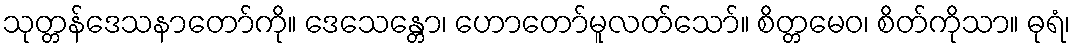
သုတ္တန်ဒေသနာတော်ကို။ ဒေသေန္တော၊ ဟောတော်မူလတ်သော်။ စိတ္တမေဝ၊ စိတ်ကိုသာ။ ဓုရံ၊